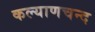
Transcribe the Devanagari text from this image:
कल्याणचन्द